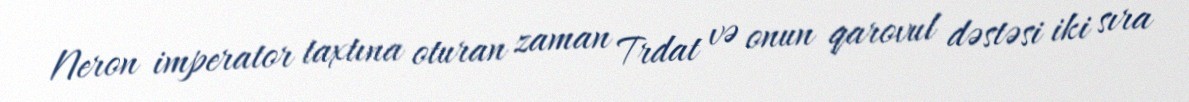
Neron imperator taxtına oturan zaman Trdat və onun qarovul dəstəsi iki sıra